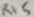
Text: R15